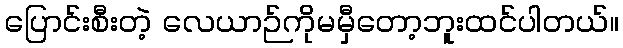
ပြောင်းစီးတဲ့ လေယာဉ်ကိုမမှီတော့ဘူးထင်ပါတယ်။